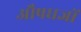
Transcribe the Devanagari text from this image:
औषधज्ञों